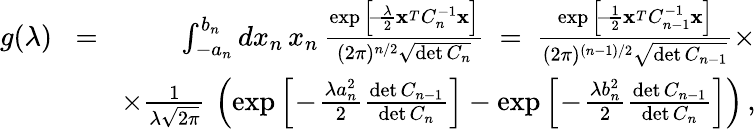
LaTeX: \begin{array}{rlr}{g(\lambda)}&{\! =\! }&{\int_{-a_{n}}^{b_{n}}dx_{n}\, x_{n}\, {\frac{\exp\Big[\! -\! {\frac{\lambda}{2}}{\mathbf x}^{_T}C_{n}^{-1}{\mathbf x}\Big]}{(2\pi)^{n/2}\sqrt{\operatorname*{det}C_{n}}}}\ =\ {\frac{\exp\Big[\! -\! {\frac{1}{2}}{\mathbf x}^{_T}C_{n-1}^{-1}{\mathbf x}\Big]}{(2\pi)^{(n-1)/2}\sqrt{\operatorname*{det}C_{n-1}}}}\times}\\ &{}&{\times{\frac{1}{\lambda\sqrt{2\pi}}}\, \left(\exp\Big[\! -\! {\frac{\lambda a_{n}^{2}}{2}}{\frac{\operatorname*{det}C_{n-1}}{\operatorname*{det}C_{n}}}\Big]-\exp\Big[\! -\! {\frac{\lambda b_{n}^{2}}{2}}{\frac{\operatorname*{det}C_{n-1}}{\operatorname*{det}C_{n}}}\Big]\right)\, ,}\end{array}